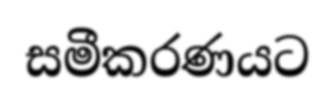
සමීකරණයට